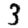
Digit: 3